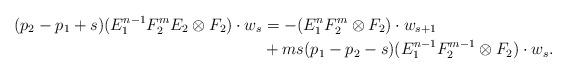
LaTeX: \begin{align*}(p_2 - p_1 + s)(E_{1}^{n-1} F_{2}^{m} E_2 \otimes F_2) \cdot w_s & = - (E_{1}^{n} F_{2}^{m} \otimes F_2) \cdot w_{s+1} \\& + ms(p_1 - p_2 - s) (E_{1}^{n-1} F_{2}^{m-1} \otimes F_2) \cdot w_s. \end{align*}